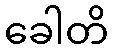
ခေါတိ